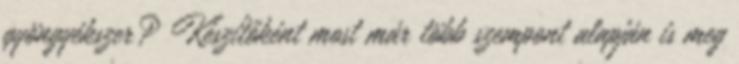
gyöngyékszer? Készítőként most már több szempont alapján is meg